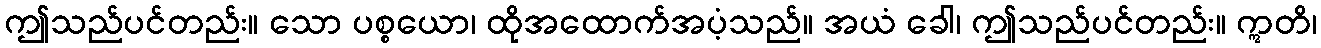
ဤသည်ပင်တည်း။ သော ပစ္စယော၊ ထိုအထောက်အပံ့သည်။ အယံ ခေါ၊ ဤသည်ပင်တည်း။ ဣတိ၊